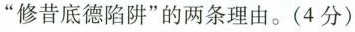
“修昔底德陷阱”的两条理由。(4分)